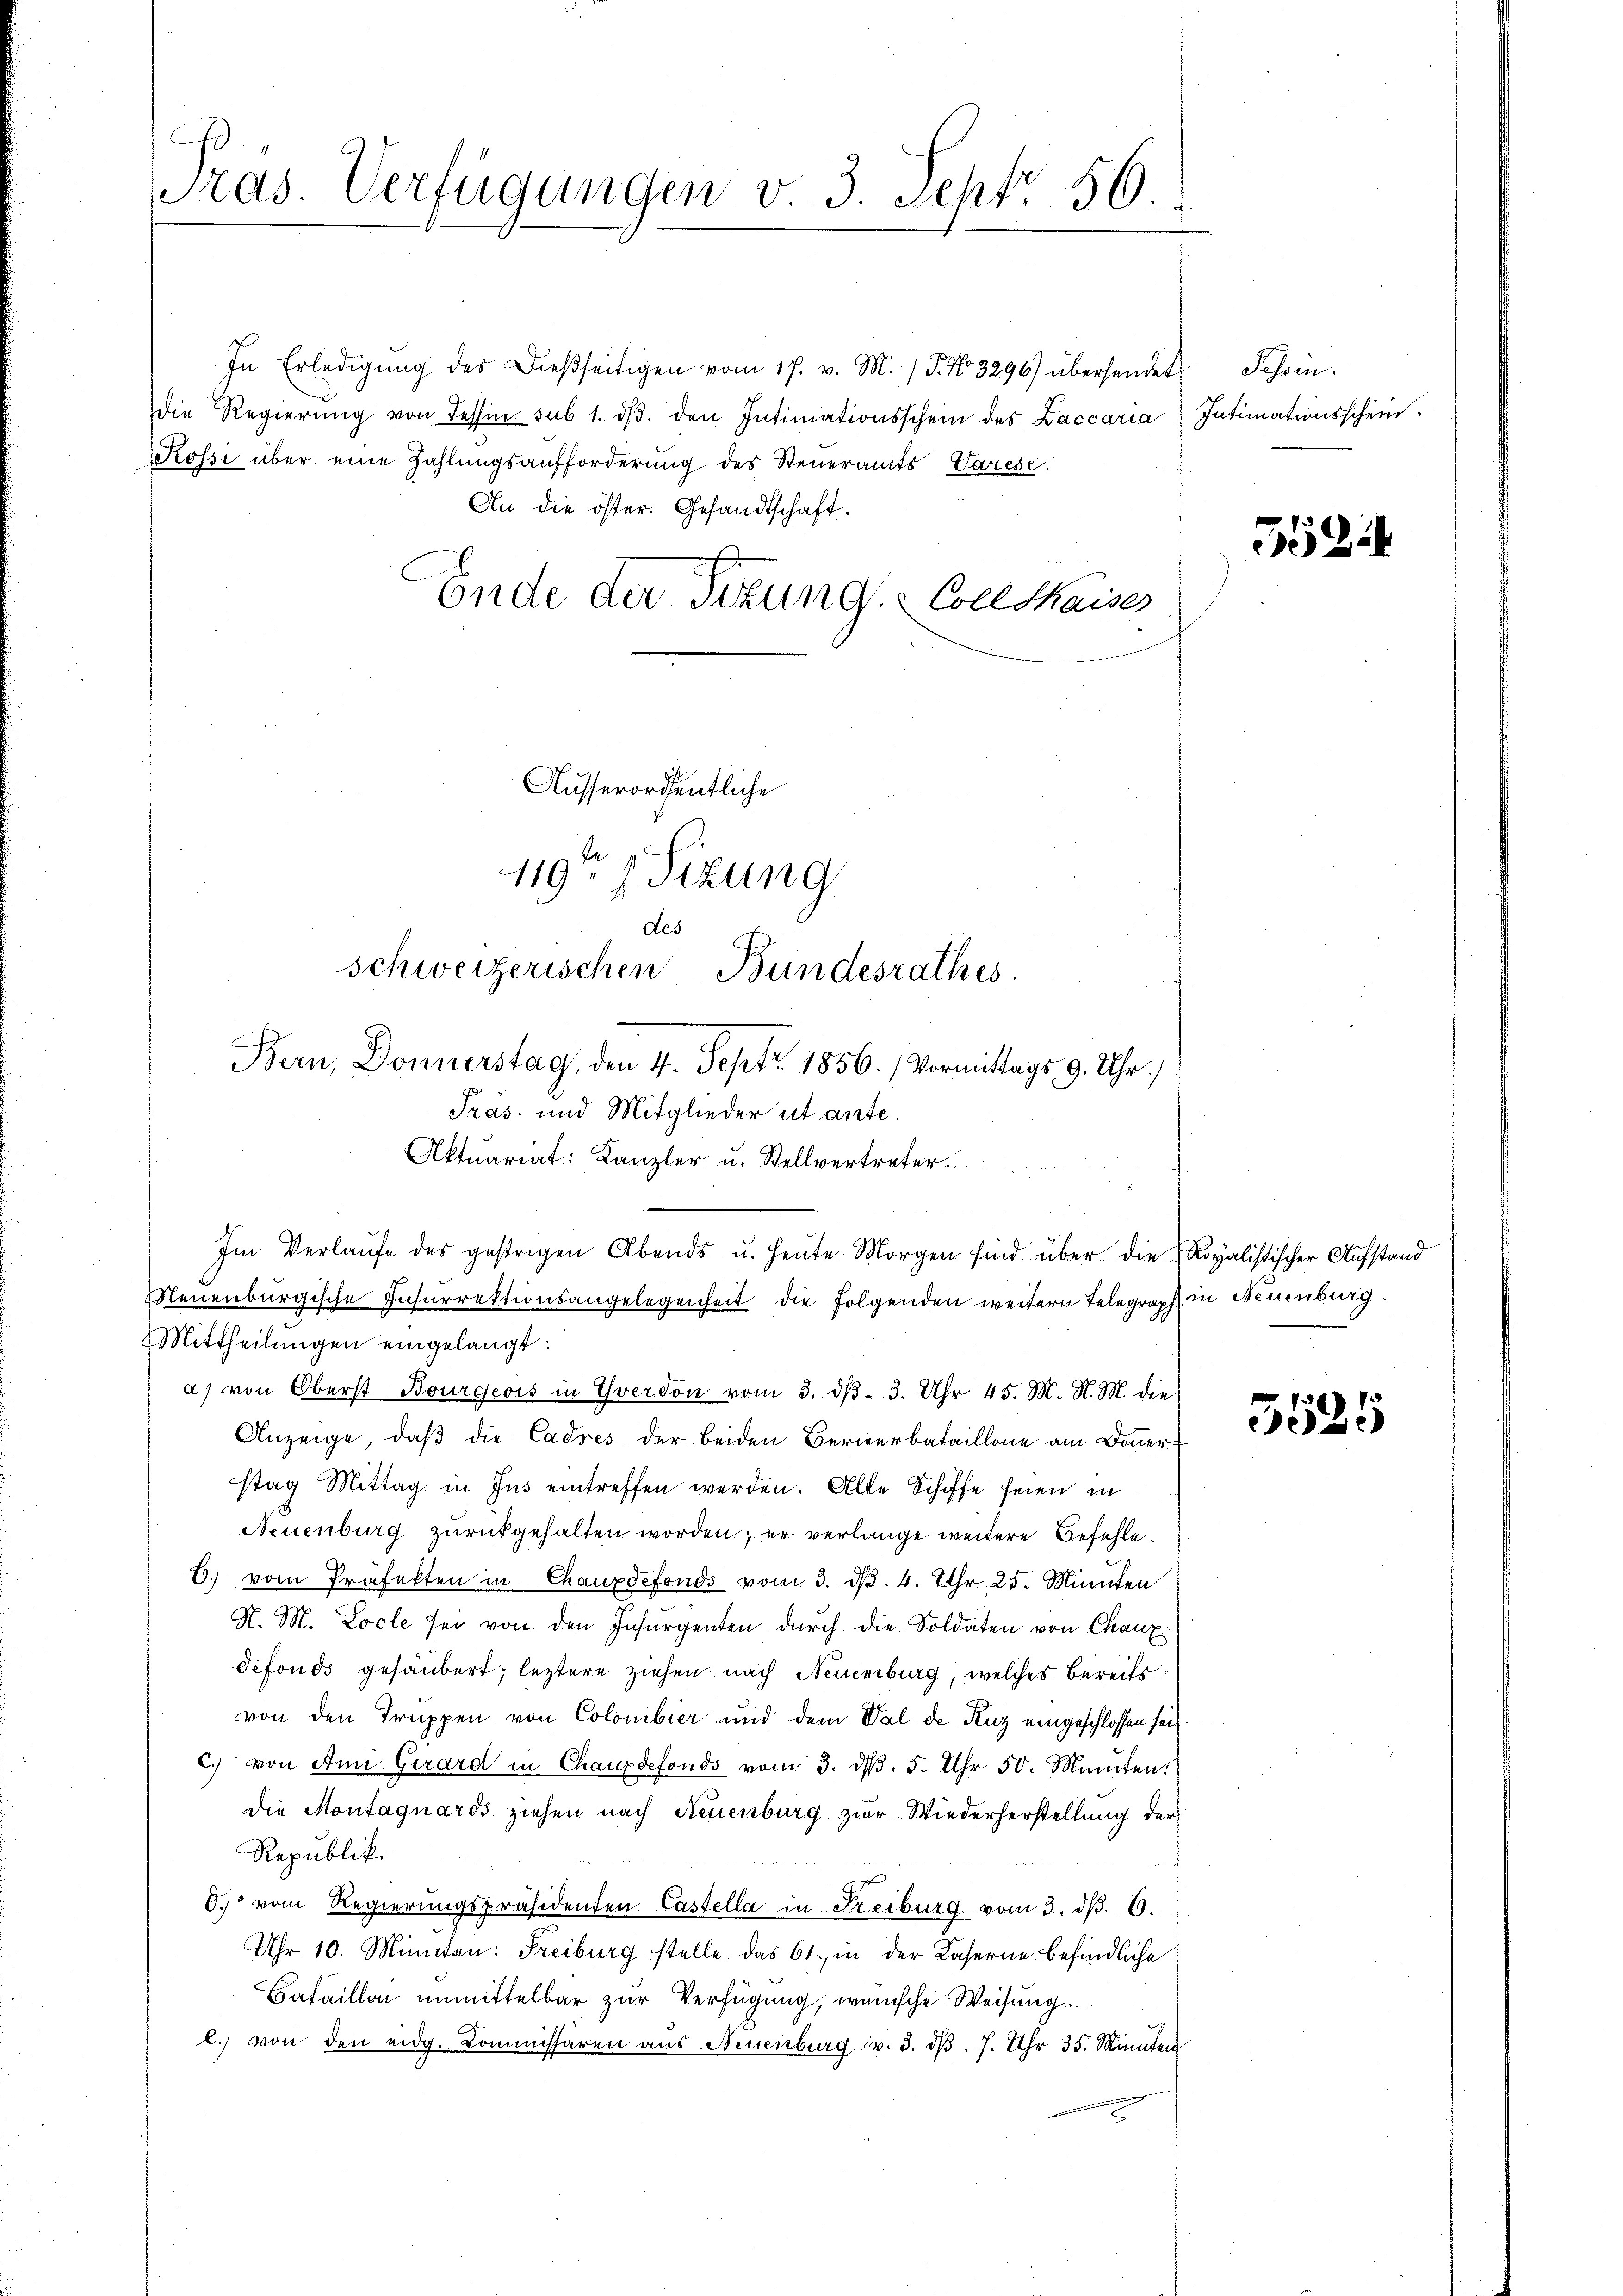
Pras. Verfügungen v. 3. Sept. 56

In Erledigŭng des Dießseitigen vom 17. v. M. / 5. No 3296) übersendet Schwin-
die Regierŭng von Tessin sub 1. dβ. den Intimationsschein des Baccaria
Rossi über eine Zahlungsaufforderung des Steueramts Varese
An die öster. Gesandtschaft.
Ende der Sitzung. Coll thaiser
Ausserordentliche

Aktuariat: Kanzler u. Stellvertreter.
Im Verlaŭfe des gestrigen Abends u. heŭte Morgen sind über die Royalistischer Aufstand
Neuenburgische Insŭrrektionsangelegenheit die folgenden weitern Telegraph in Neuenburg.
Mittheilungen eingelangt:

119ten Sizung
des
schweizerischen Bundesrathes
Bern, Donnerstag, den 4. Sept. 1856. / Vormittags 9. Uhr.)
Pras- und Mitglieder ut ante.

Intimationsschein.

a) von Oberst Bourgeois in Yverdon vom 3. dβ. 3. Uhr 45. M. R. M. die
Anzeige, daß die Cadres der beiden Bernerbataillone am Donnerstag Mittag in Ins eintreffen werden. Alle Schiffe seien in
Neuenburg zurückgehalten worden; er verlange weitere Befehle¬
6. vom Präfekten in Chauxdefonds vom 3. d. 4. Jthr 25. Minuten
H. M. Locle sei von den Insurgenten durch die Soldaten von Chaux
defonds gesäubert; leztere ziehen nach Neuenburg, welches bereits
von den Truppen von Colombier und dem Val de Kuz eingeschlossen sei,
c. von Aen Gerard in Chauxdefonds vom 3. d. 5. Uhr 50. Minuten.
die Montagnards ziehen nach Neuenburg zur Wiederherstellung der
Republik
O. vom Regierŭngspräsidenten Castella in Freiburg vom 3. dβ. 6.
Uhr 10. Minuten: Freiburg stelle das 61. in der Kaserne befindliche
Bataillon unmittelbar zur Verfügung, wünsche Weisung.
l. von den eidg. Kommissären aŭs Neuenburg v. 3. dβ. 7. Uhr 35. Minuten

5524

5525